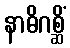
နာဓိဂစ္ဆိံ